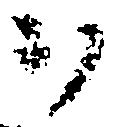
ヲ